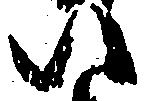
い